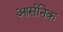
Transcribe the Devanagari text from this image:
आर्सनिक